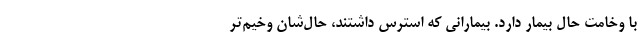
با وخامت حال بیمار دارد. بیمارانی که استرس داشتند، حال‌شان وخیم‌تر